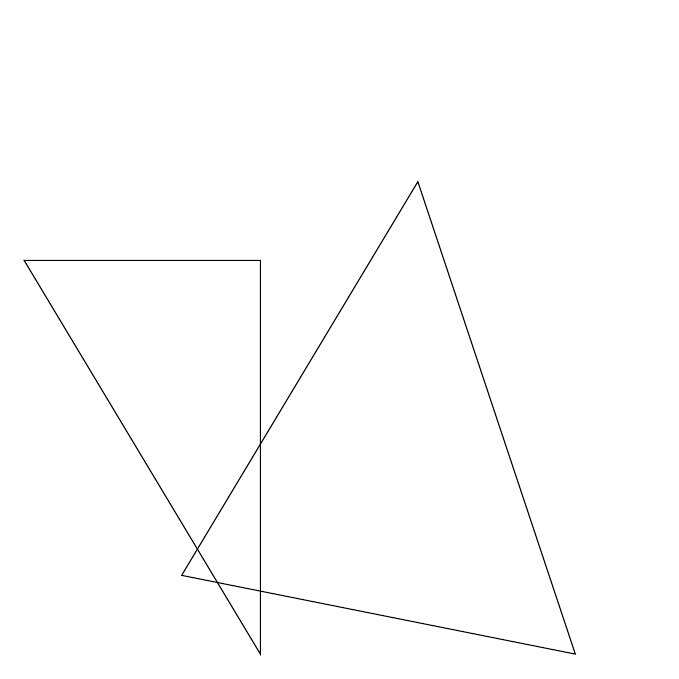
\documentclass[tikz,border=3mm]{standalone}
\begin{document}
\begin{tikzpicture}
\draw (10,10) circle (0);
\draw (9,2) -- (4,3) -- (7,8) -- cycle;
\draw (2,7) -- (5,7) -- (5,2) -- cycle;
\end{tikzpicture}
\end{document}